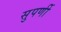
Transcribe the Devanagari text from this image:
सुपर्णी